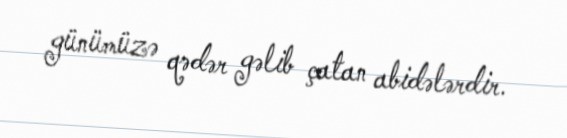
günümüzə qədər gəlib çatan abidələrdir.